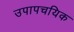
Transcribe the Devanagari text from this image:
उपापचयिक